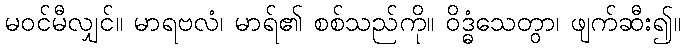
မဝင်မီလျှင်။ မာရဗလံ၊ မာရ်၏ စစ်သည်ကို။ ဝိဒ္ဓံသေတွာ၊ ဖျက်ဆီး၍။